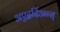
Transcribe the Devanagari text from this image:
अएद्वर्दिअन्स्